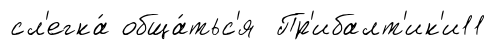
сл'егка́ обща́тьс'я Пр'ибалт'ик'и11